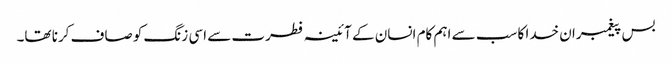
بس پیغمبران خدا کا سب سے اہم کام انسان کے آئینہ فطرت سے اسی زنگ کو صاف کرنا تھا۔